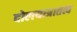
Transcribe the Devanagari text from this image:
दोलयात्रातत्व